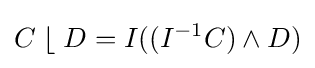
C\;\lfloor \;D=I((I^{-1}C)\wedge D)